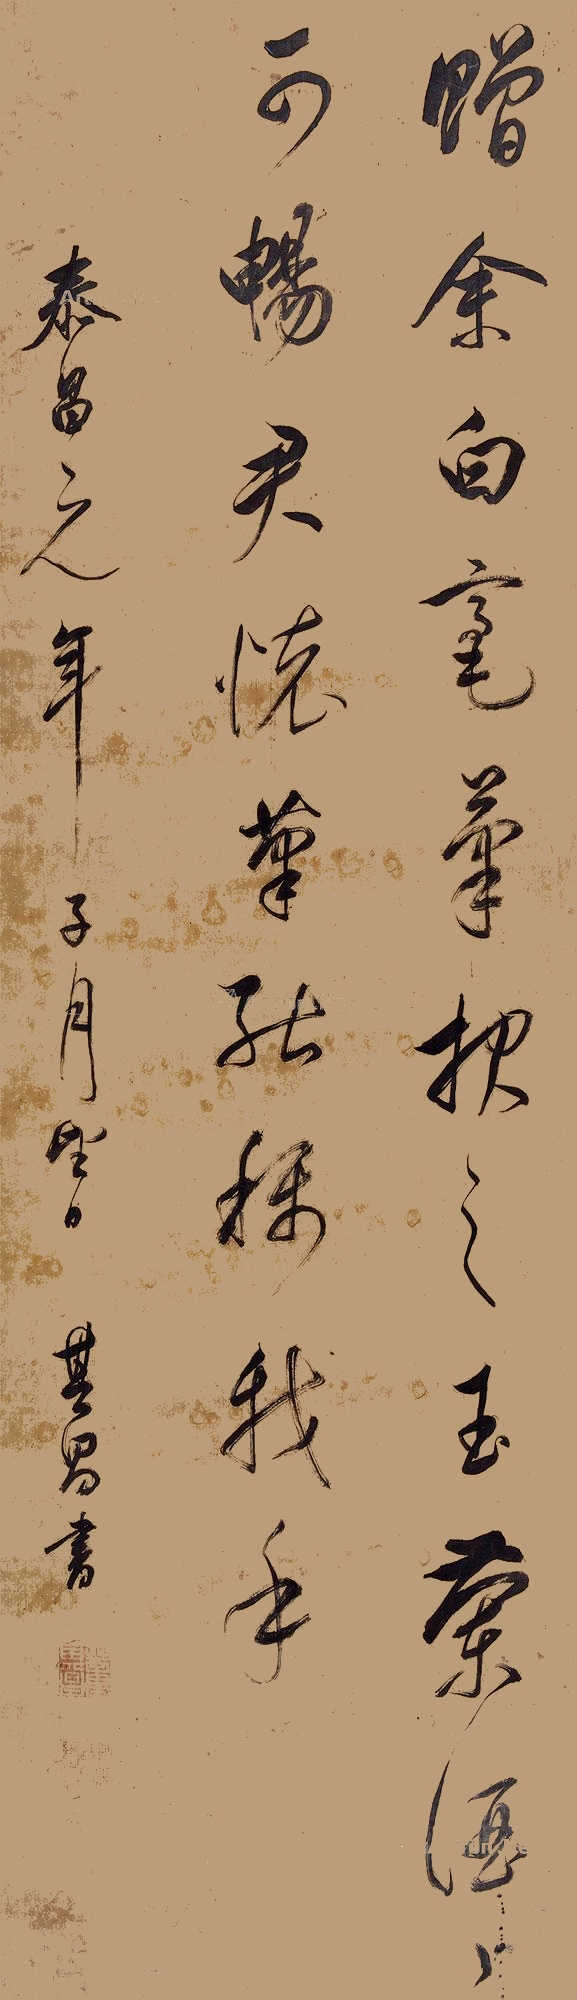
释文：赠余白毫笔，报之玉兰酒。酒可畅君怀，笔能称我手。泰昌元年（1620）子月望日，董其昌。